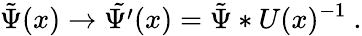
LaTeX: \tilde{\Psi}(x)\to\tilde{\Psi^{\prime}}(x)=\tilde{\Psi}*U(x)^{-1}\ .